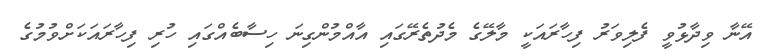
އޭނާ ވިދާޅުވީ ފެލިވަރު ފިހާރައަކީ މާލޭގެ މެދުތެރޭގައި އާއްމުންގިނަ ހިސާބެއްގައި ހުރި ފިހާރައަކަށްވުމުގެ